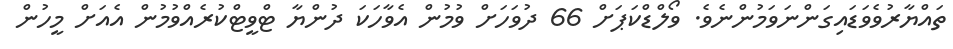
ތައްޔާރުވެވަޑައިގަންނަވަމުންނެވެ. ވޯލްޑްކަޕަށް 66 ދުވަހަށް ވުމުން އެވާހަކަ ދުންޔާ ޓްވީޓްކުރެއްވުމުން އެއަށް މީހުން